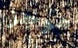
موجز